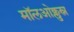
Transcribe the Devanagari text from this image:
मॉलओक्लुस्न